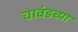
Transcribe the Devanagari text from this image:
चावंडच्या